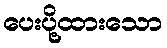
ပေးပို့ထားသော